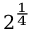
2 ^ { \frac { 1 } { 4 } }